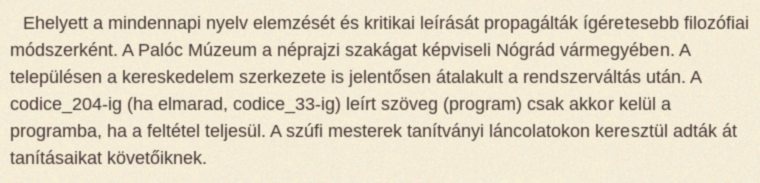
Ehelyett a mindennapi nyelv elemzését és kritikai leírását propagálták ígéretesebb filozófiai módszerként. A Palóc Múzeum a néprajzi szakágat képviseli Nógrád vármegyében. A településen a kereskedelem szerkezete is jelentősen átalakult a rendszerváltás után. A codice_204-ig (ha elmarad, codice_33-ig) leírt szöveg (program) csak akkor kelül a programba, ha a feltétel teljesül. A szúfi mesterek tanítványi láncolatokon keresztül adták át tanításaikat követőiknek.